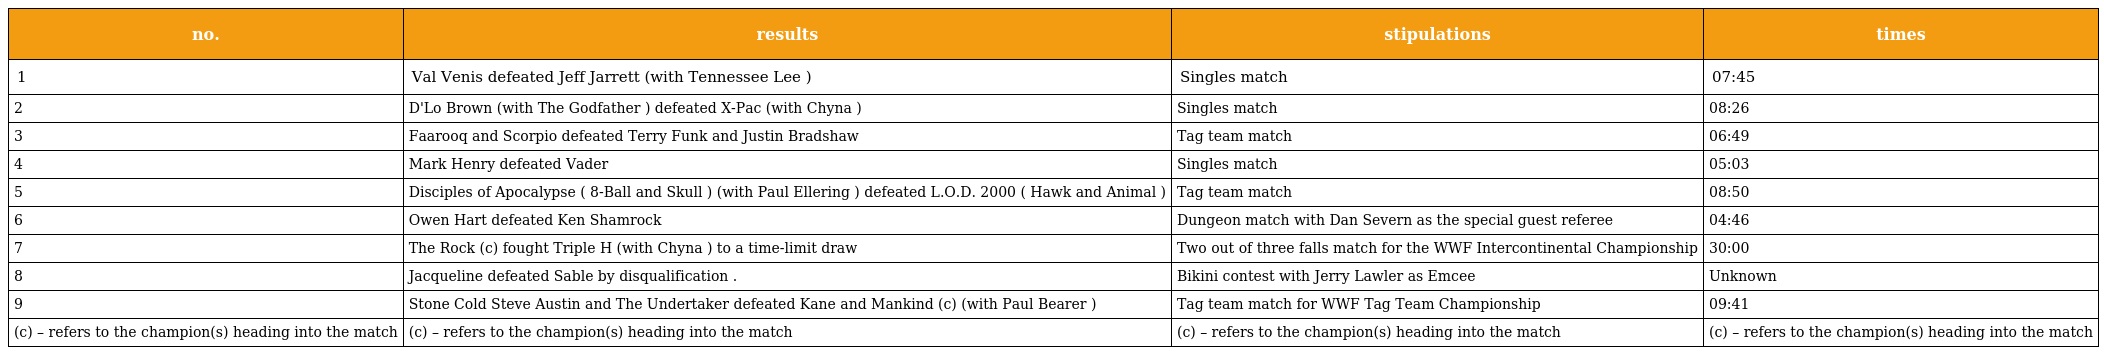
| no. | results | stipulations | times |
 | --- | --- | --- | --- |
 | 1 | Val Venis defeated Jeff Jarrett (with Tennessee Lee ) | Singles match | 07:45 |
 | 2 | D'Lo Brown (with The Godfather ) defeated X-Pac (with Chyna ) | Singles match | 08:26 |
 | 3 | Faarooq and Scorpio defeated Terry Funk and Justin Bradshaw | Tag team match | 06:49 |
 | 4 | Mark Henry defeated Vader | Singles match | 05:03 |
 | 5 | Disciples of Apocalypse ( 8-Ball and Skull ) (with Paul Ellering ) defeated L.O.D. 2000 ( Hawk and Animal ) | Tag team match | 08:50 |
 | 6 | Owen Hart defeated Ken Shamrock | Dungeon match with Dan Severn as the special guest referee | 04:46 |
 | 7 | The Rock (c) fought Triple H (with Chyna ) to a time-limit draw | Two out of three falls match for the WWF Intercontinental Championship | 30:00 |
 | 8 | Jacqueline defeated Sable by disqualification . | Bikini contest with Jerry Lawler as Emcee | Unknown |
 | 9 | Stone Cold Steve Austin and The Undertaker defeated Kane and Mankind (c) (with Paul Bearer ) | Tag team match for WWF Tag Team Championship | 09:41 |
 | (c) – refers to the champion(s) heading into the match | (c) – refers to the champion(s) heading into the match | (c) – refers to the champion(s) heading into the match | (c) – refers to the champion(s) heading into the match |